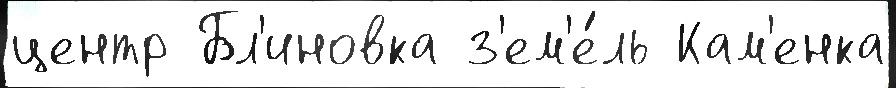
центр Бл'иновка з'ем'е́ль Кам'енка